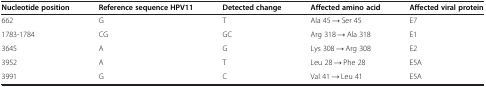
<table><thead><tr><td><b>Nucleotide position</b></td><td><b>Reference sequence HPV11</b></td><td><b>Detected change</b></td><td><b>Affected amino acid</b></td><td><b>Affected viral protein</b></td></tr></thead><tbody><tr><td>662</td><td>G</td><td>T</td><td>Ala 45 → Ser 45</td><td>E7</td></tr><tr><td>1783-1784</td><td>CG</td><td>GC</td><td>Arg 318 → Ala 318</td><td>E1</td></tr><tr><td>3645</td><td>A</td><td>G</td><td>Lys 308 → Arg 308</td><td>E2</td></tr><tr><td>3952</td><td>A</td><td>T</td><td>Leu 28 → Phe 28</td><td>E5A</td></tr><tr><td>3991</td><td>G</td><td>C</td><td>Val 41 → Leu 41</td><td>E5A</td></tr></tbody></table>